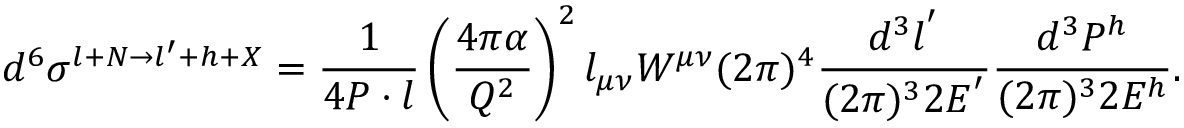
d ^ { 6 } \sigma ^ { l + N \rightarrow l ^ { \prime } + h + X } = \frac { 1 } { 4 P \cdot { l } } \left( \frac { 4 \pi \alpha } { Q ^ { 2 } } \right) ^ { 2 } l _ { \mu \nu } W ^ { \mu \nu } ( 2 \pi ) ^ { 4 } \frac { d ^ { 3 } l ^ { ' } } { ( 2 \pi ) ^ { 3 } 2 E ^ { ' } } \frac { d ^ { 3 } P ^ { h } } { ( 2 \pi ) ^ { 3 } 2 E ^ { h } } .